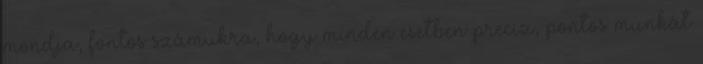
mondja, fontos számukra, hogy minden esetben precíz, pontos munkát